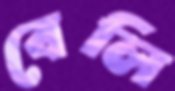
বেলি